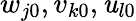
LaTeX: w_{j0},v_{k0},\mathit{u}_{l0}